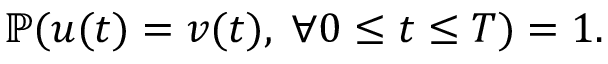
\mathbb { P } ( u ( t ) = v ( t ) , \; \forall 0 \leq t \leq T ) = 1 .